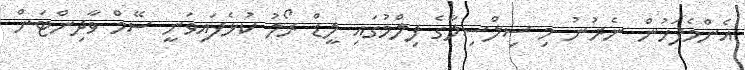
އެންމެފަހުން ނެރުނު މި ސިލްސިލާގެ ފިލްމުގައި ލީޑް ރޯލު ކުޅެފައިވަނީ ސޭމް ވާދިންޓަން